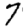
Digit: 7